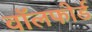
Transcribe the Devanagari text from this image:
वॉलफोर्ड